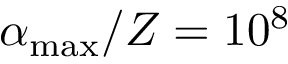
\alpha _ { \mathrm { m a x } } / Z = 1 0 ^ { 8 }